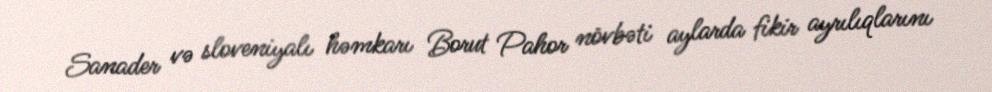
Sanader və sloveniyalı həmkarı Borut Pahor növbəti aylarda fikir ayrılıqlarını